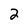
Character: 2